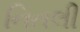
નિતલી